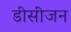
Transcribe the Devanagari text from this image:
डीसीजन